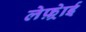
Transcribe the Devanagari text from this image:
लेफ़्रेाई